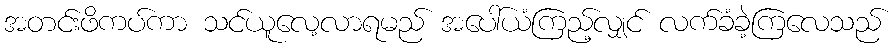
အတင်းဖိကပ်ကာ သင်ယူလေ့လာရမည် အပေါ်ယံကြည့်လျှင် လက်ခံခဲ့ကြလေသည်